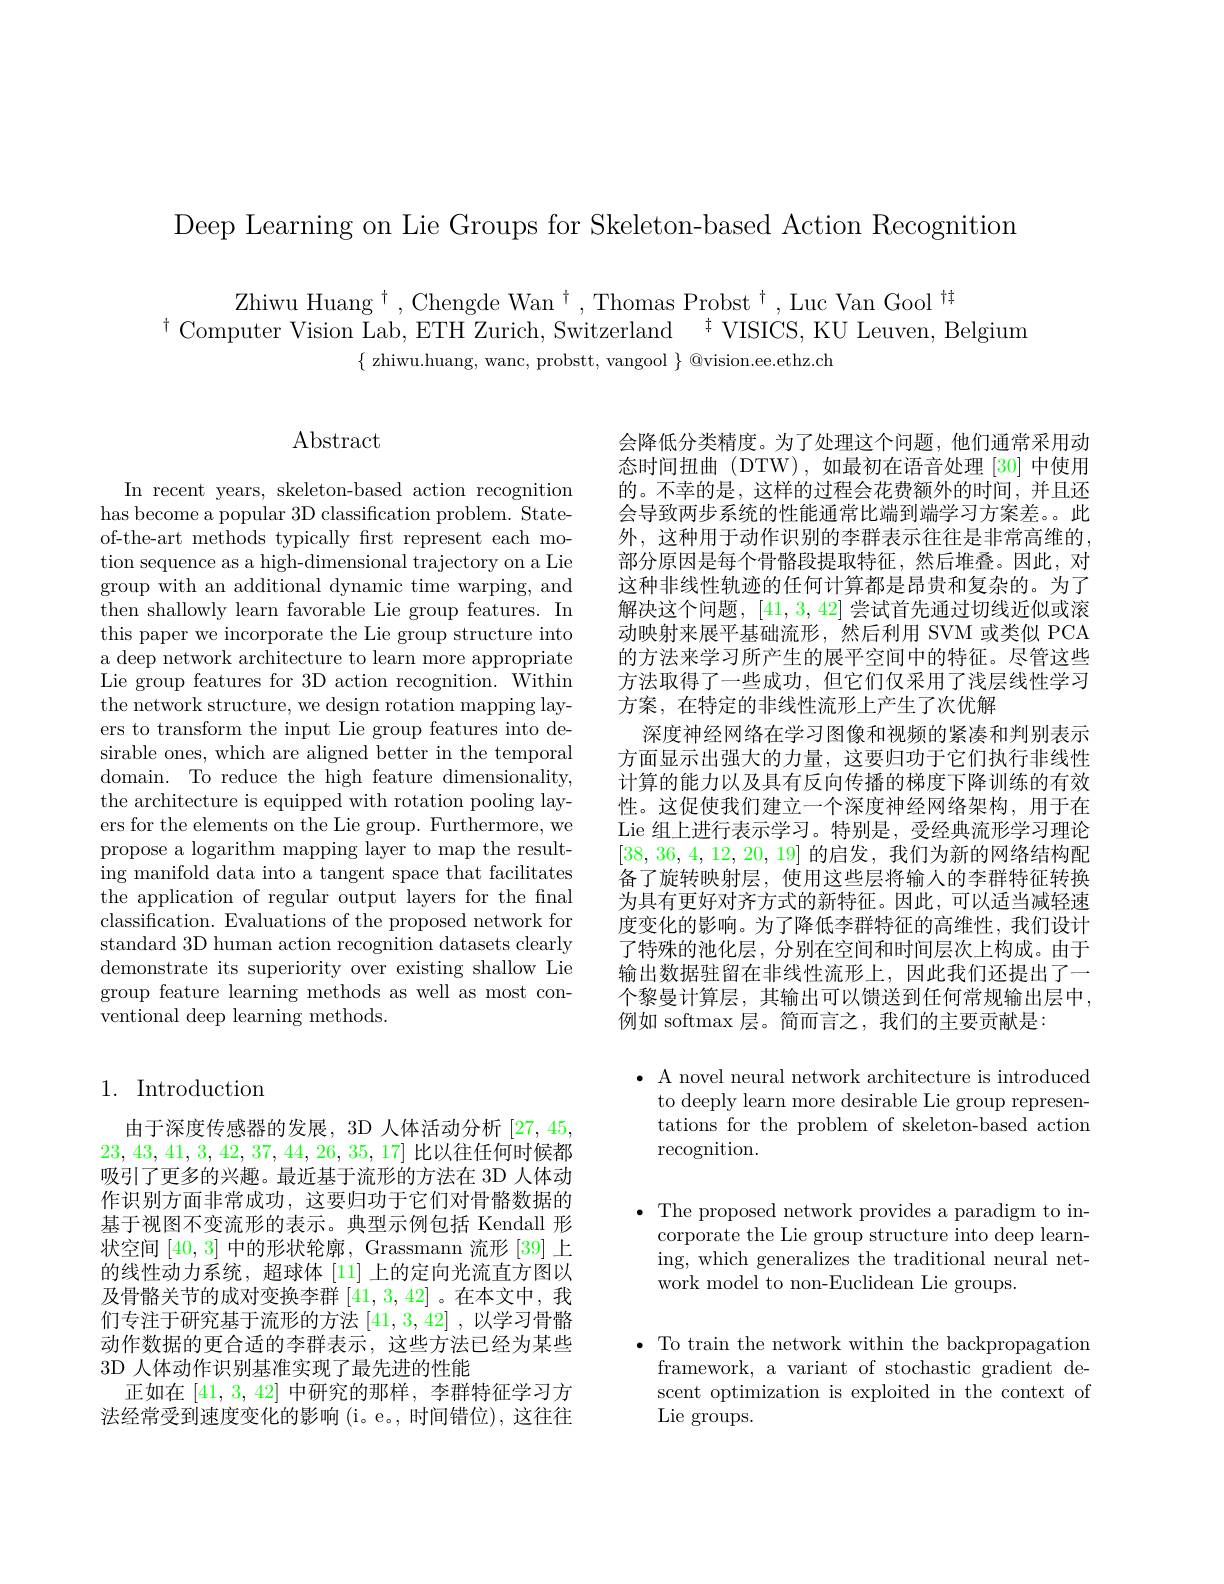
Deep Learning on Lie Groups for Skeleton-based Action Recognition

Zhiwu Huang$^\dagger$,Chengde Wan$^\dagger$,Thomas Probst$^\dagger$,Luc Van Gool$^{\dagger\dagger}$
$^{\dagger}$Computer Vision Lab, ETH Zurich, Switzerland$\:^{\dagger}$VISICS, KU Leuven, Belgium
$\{$ zhiwu.huang, wanc, probstt, vangool $\}$ @vision.ee.ethz.ch

## Abstract

In recent years, skeleton-based action recognition has become a popular 3D classification problem. Stateof-the-art methods typically first represent each motion sequence as a high-dimensional trajectory on a Lie group with an additional dynamic time warping, and then shallowly learn favorable Lie group features. In this paper we incorporate the Lie group structure into a deep network architecture to learn more appropriate $\bar{\text{Lie group features for 3D action recognition. Within}}$ the network structure, we design rotation mapping layers to transform the input Lie group features into desirable ones, which are aligned better in the temporal domain. To reduce the high feature dimensionality, the architecture is equipped with rotation pooling layers for the elements on the Lie group. Furthermore, we propose a logarithm mapping layer to map the resulting manifold data into a tangent space that facilitates the application of regular output layers for the fnal classification. Evaluations of the proposed network for standard 3D human action recognition datasets clearly demonstrate its superiority over existing shallow Lie group feature learning methods as well as most conventional deep learning methods.

### 1. Introduction

由于深度传感器的发展，3D 人体活动分析[27,45, 23, 43, 41, 3, 42, 37, 44, 26, 35, 17]比以往任何时候都吸引了更多的兴趣。最近基于流形的方法在 3D 人体动作识别方面非常成功，这要归功于它们对骨骼数据的基于视图不变流形的表示。典型示例包括 Kendall 形状空间[40,3]中的形状轮廓，Grassmann 流形 [39]上的线性动力系统，超球体[11]上的定向光流直方图以及骨骼关节的成对变换李群[41,3,42] 。在本文中，我们专注于研究基于流形的方法[41,3,42] ,以学习骨骼动作数据的更合适的李群表示，这些方法已经为某些3D 人体动作识别基准实现了最先进的性能
正如在[41,3,42]中研究的那样，李群特征学习方法经常受到速度变化的影响(i。e。,时间错位),这往往

会降低分类精度。为了处理这个问题，他们通常采用动态时间扭曲 (DTW), 如最初在语音处理 [30] 中使用的。不幸的是，这样的过程会花费额外的时间，并且还会导致两步系统的性能通常比端到端学习方案差。此外，这种用于动作识别的李群表示往往是非常高维的， 部分原因是每个骨骼段提取特征，然后堆叠。因此，对这种非线性轨迹的任何计算都是昂贵和复杂的。为了解决这个问题，[41,3,42]尝试首先通过切线近似或滚动映射来展平基础流形，然后利用 SVM 或类似 PCA 的方法来学习所产生的展平空间中的特征。尽管这些方法取得了一些成功，但它们仅采用了浅层线性学习方案，在特定的非线性流形上产生了次优解
深度神经网络在学习图像和视频的紧凑和判别表示方面显示出强大的力量，这要归功于它们执行非线性计算的能力以及具有反向传播的梯度下降训练的有效性。这促使我们建立一个深度神经网络架构，用于在Lie 组上进行表示学习。特别是，受经典流形学习理论[38,36,4,12,20,19]的启发，我们为新的网络结构配备了旋转映射层，使用这些层将输入的李群特征转换为具有更好对齐方式的新特征。因此，可以适当减轻速度变化的影响。为了降低李群特征的高维性，我们设计了特殊的池化层，分别在空间和时间层次上构成。由于输出数据驻留在非线性流形上，因此我们还提出了一个黎曼计算层，其输出可以馈送到任何常规输出层中， 例如 softmax 层。简而言之，我们的主要贡献是：

$\bullet$ A novel neural network architecture is introduced
to deeply learn more desirable Lie group representations for the problem of skeleton-based action recognition.

$\bullet$ The proposed network provides a paradigm to in-
corporate the Lie group structure into deep learning, which generalizes the traditional neural network model to non-Euclidean Lie groups.

$\bullet$ To train the network within the backpropagation
framework, a variant of stochastic gradient descent optimization is exploited in the context of Lie groups.